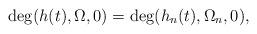
LaTeX: \begin{align*} \deg (h (t), \Omega, 0) = \deg (h_n (t), \Omega_n, 0), \end{align*}